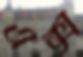
এক্স